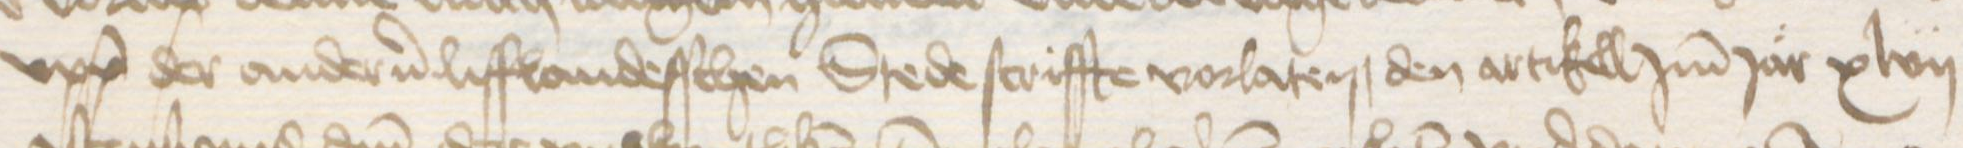
upp der anderen lifflandesschen Stede scriffte vorlaten, den artikell Jmm Jar xlvii